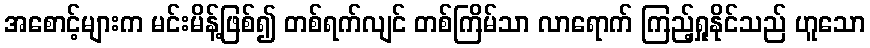
အစောင့်များက မင်းမိန့်ဖြစ်၍ တစ်ရက်လျင် တစ်ကြိမ်သာ လာရောက် ကြည့်ရှုနိုင်သည် ဟူသော